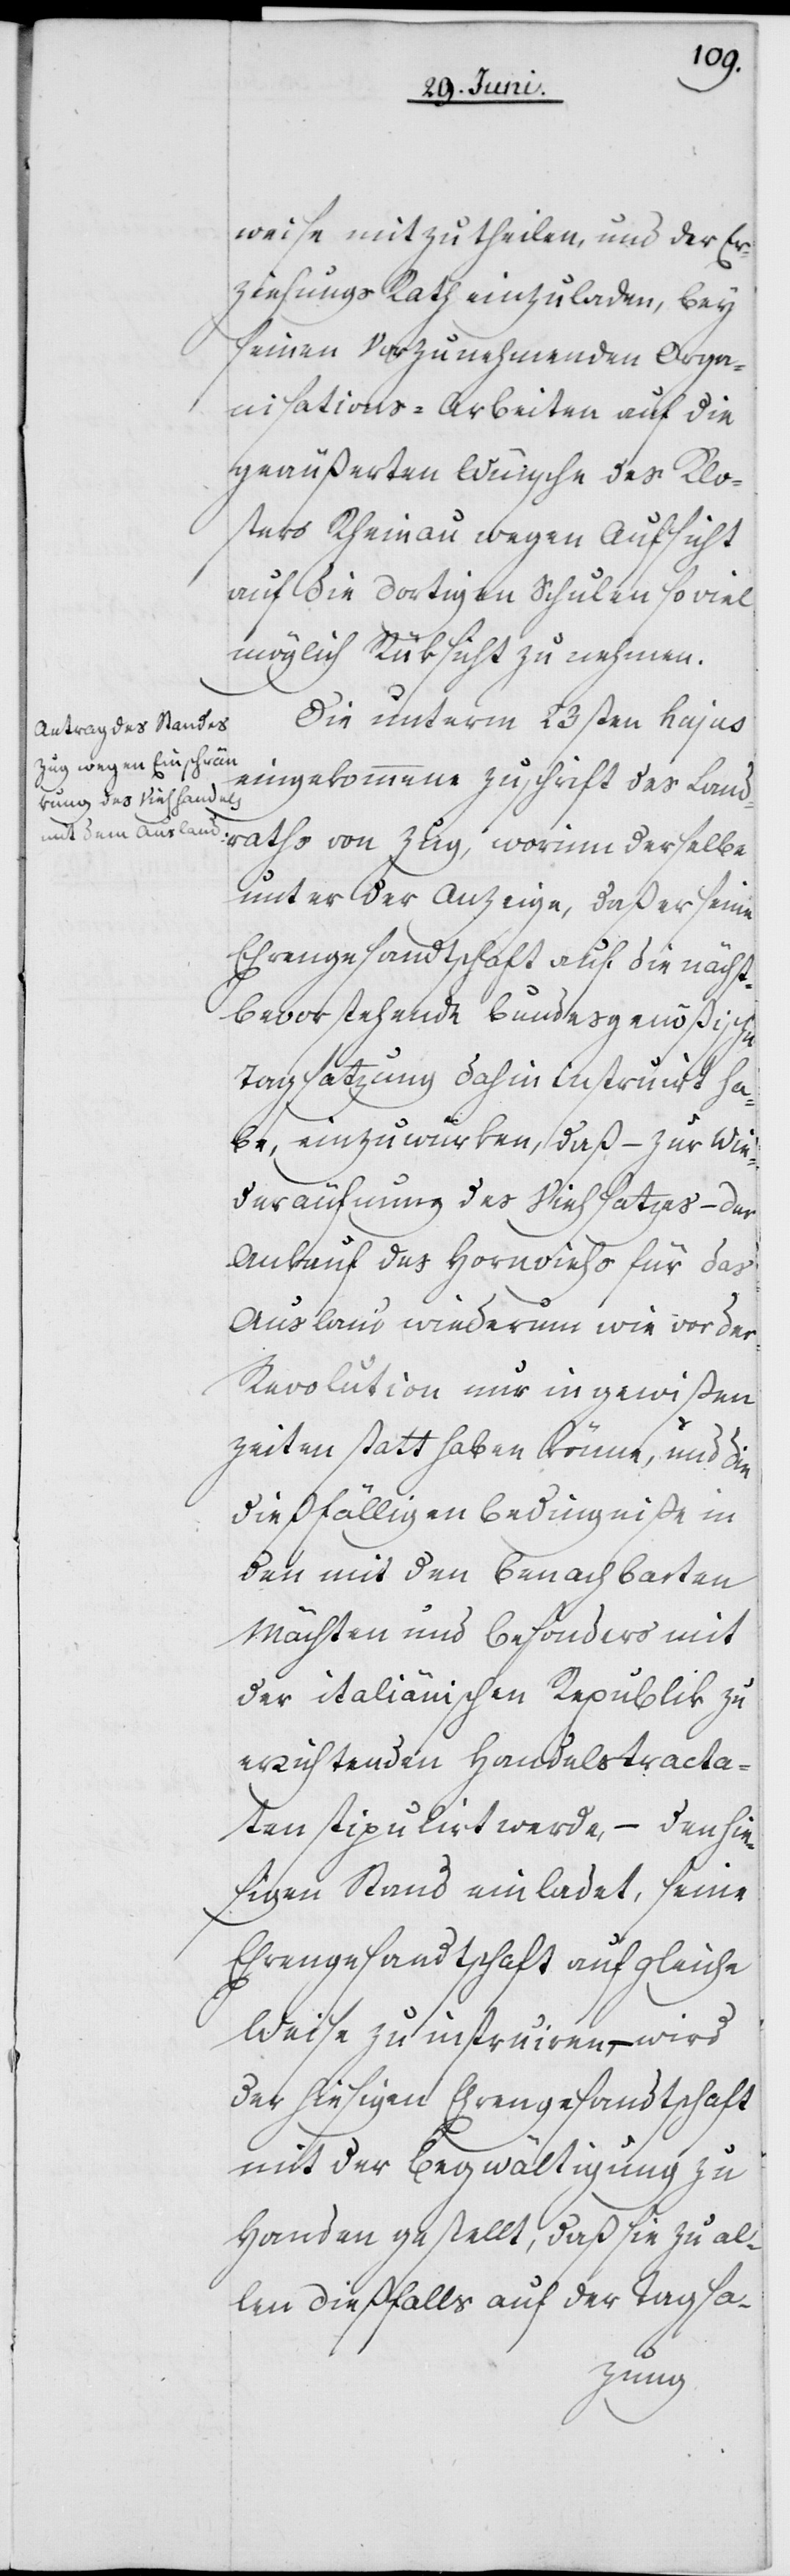
weise mitzutheilen, und der Er¬
ziehungs Rath einzuladen, bey
seinen Vorzunehmenden Orga¬
nisations-Arbeiten auf die
geäußerten Wünsche des Klo¬
sters Rheinau wegen Aufsicht
auf die dortigen Schulen soviel
möglich Rüksicht zu nehmen.
Die unterm 23sten hujus
eingekommene Zuschrift des Land¬
raths von Zug, worinn derselbe
unter der Anzeige, daß er seine
Ehrengesandtschaft auf die nächst¬
bevorstehende bundesgenößische
Tagsatzung dahin instruirt ha¬
be, einzuwürken, daß – zur Wie¬
deräufnung des Viehsatzes – der
Ankauf des Hornviehs für das
Ausland wiederum wie vor der
Revolution nur in gewißen
Zeiten statt haben könne, und die
dießfälligen Bedingniße in
den mit den benachbarten
Mächten und besonders mit
der italiänischen Republik zu
errichtenden Handelstracta¬
ten stipulirt werde, – den hie¬
sigen Stand einladet, seine
Ehrengesandtschaft auf gleiche
Weise zu instruiren, – wird
der hiesigen Ehrengesandtschaft
mit der Begwältigung zu
Handen gestellt, daß sie zu al¬
len dießfalls auf der Tagsa-